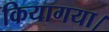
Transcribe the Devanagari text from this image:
कियागया।